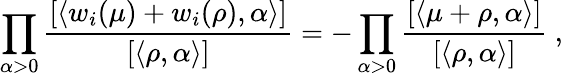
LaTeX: \prod_{\alpha>0}\frac{[\langle w_{i}(\mu)+w_{i}(\rho),\alpha\rangle]}{[\langle\rho,\alpha\rangle]}=-\prod_{\alpha>0}\frac{[\langle\mu+\rho,\alpha\rangle]}{[\langle\rho,\alpha\rangle]}~,